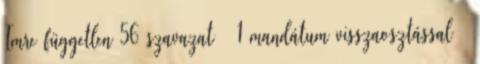
Imre független 56 szavazat – 1 mandátum visszaosztással –